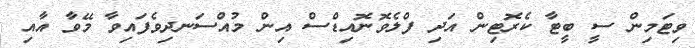
ވިޓަމިން ސީ ބީޓާ ކެރޮޓިން އަދި ފްލެވޮނޮއިޑްސް އިން މުއްސަނދިވެފައިވާ މޭވާ އާއި